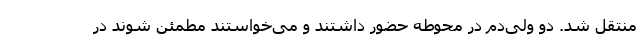
منتقل شد. دو ولی‌دم در محوطه حضور داشتند و می‌خواستند مطمئن شوند در